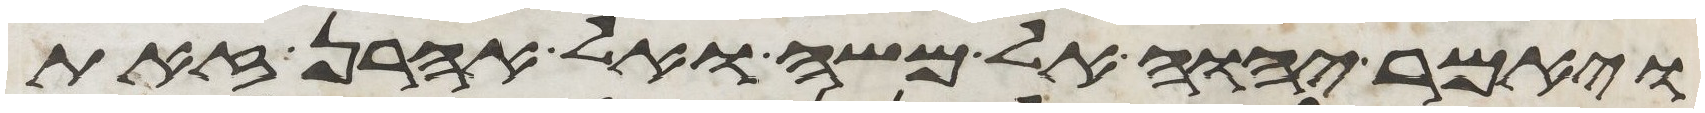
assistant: ויאמר יהוה אל משה ואל אהרן זאת